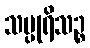
သပ္ပုရိသဉ္စ